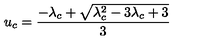
u _ { c } = \frac { - \lambda _ { c } + \sqrt { \lambda _ { c } ^ { 2 } - 3 \lambda _ { c } + 3 } } { 3 }